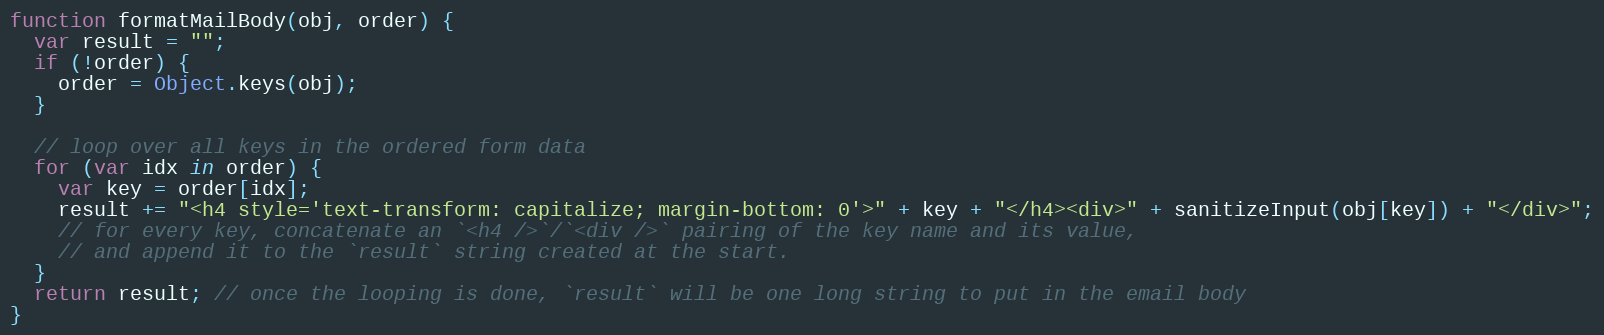
Language: JavaScript
function formatMailBody(obj, order) {
  var result = "";
  if (!order) {
    order = Object.keys(obj);
  }

  // loop over all keys in the ordered form data
  for (var idx in order) {
    var key = order[idx];
    result += "<h4 style='text-transform: capitalize; margin-bottom: 0'>" + key + "</h4><div>" + sanitizeInput(obj[key]) + "</div>";
    // for every key, concatenate an `<h4 />`/`<div />` pairing of the key name and its value,
    // and append it to the `result` string created at the start.
  }
  return result; // once the looping is done, `result` will be one long string to put in the email body
}